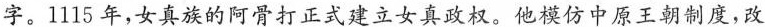
字。1115年，女真族的阿骨打正式建立女真政权。他模仿中原王朝制度，改